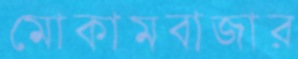
মোকামবাজার